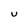
Character: U